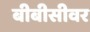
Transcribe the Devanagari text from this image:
बीबीसीवर